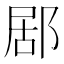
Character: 𨛮